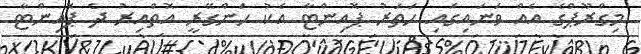
މިގްރޫޕްގެ އެއް ވަނައިގައި ހަތަރު ޕޮއިންޓާ އެކު ހަންގޭރީ އޮތްއިރު ދެ ޕޮއިންޓާ